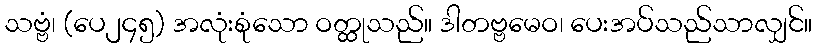
သဗ္ဗံ၊ (ပေ၂၄၅) အလုံးစုံသော ဝတ္ထုသည်။ ဒါတဗ္ဗမေဝ၊ ပေးအပ်သည်သာလျှင်။